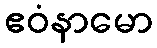
ဧဝံနာမော